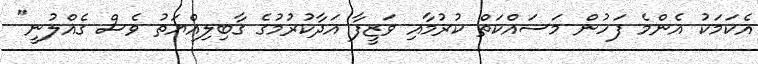
އެކަމަކު އެންމެ ފަހުން މަސައްކަތް ކުރުމާއި ވަޒީފާ އަދާކުރުމުގެ ގާބިލިއްޔަތު ވެސް ގެއްލުނީ"